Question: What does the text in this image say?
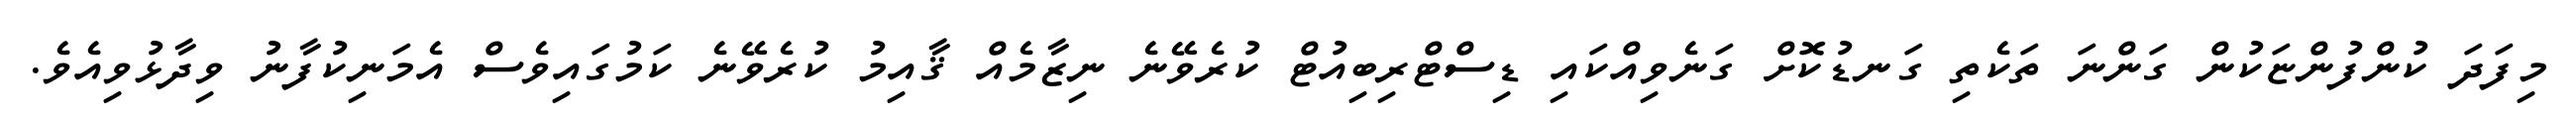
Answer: މިފަދަ ކުންފުންޏަކުން ގަންނަ ތަކެތި ގަނޑުކޮށް ގަނެވިއްކައި ޑިސްޓްރިބިއުޓް ކުރެވޭނެ ނިޒާމެއް ޤާއިމު ކުރެވޭނެ ކަމުގައިވެސް އެމަނިކުފާނު ވިދާޅުވިއެވެ.